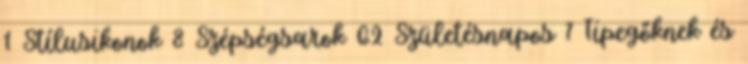
1 Stílusikonok 8 Szépségsarok 62 Születésnapos 7 Tipegőknek és